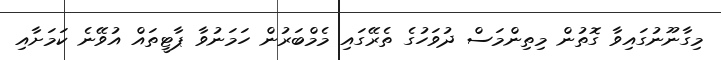
މިގާނޫނުގައިވާ ގޮތުން މިތިންމަސް ދުވަހުގެ ތެރޭގައި މެމްބަރުން ހަމަނުވާ ޕާޓީތައް އުވޭނެ ކަމަށާއި